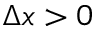
\Delta x > 0